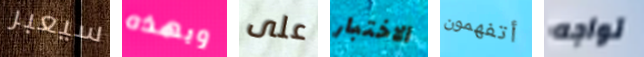
سيعبر وبهذه على الاختبار أتفهمون تواجه